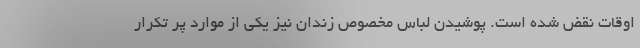
اوقات نقض شده است. پوشیدن لباس مخصوص زندان نیز یکی از موارد پر تکرار